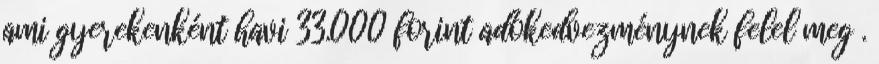
ami gyerekenként havi 33.000 forint adókedvezménynek felel meg .